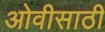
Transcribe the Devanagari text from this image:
ओवीसाठी